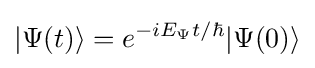
|\Psi (t)\rangle =e^{-iE_{\Psi }t/\hbar }|\Psi (0)\rangle